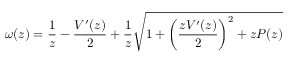
\omega ( z ) = \frac { 1 } { z } - \frac { V ^ { \prime } ( z ) } { 2 } + \frac { 1 } { z } \sqrt { 1 + \left( \frac { z V ^ { \prime } ( z ) } { 2 } \right) ^ { 2 } + z P ( z ) }